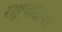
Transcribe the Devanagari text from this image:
राष्ट्रवादावर